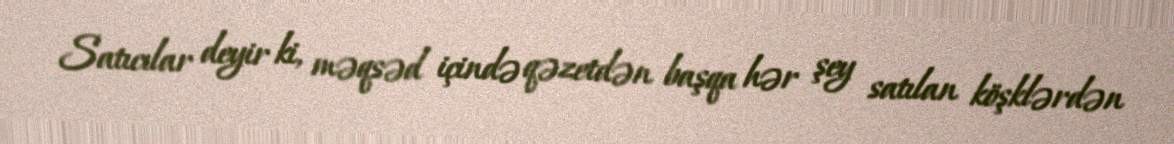
Satıcılar deyir ki, məqsəd içində qəzetdən başqa hər şey satılan köşklərdən